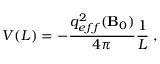
V ( L ) = - \frac { { { q _ { e f f } ^ { 2 } ( { \bf B } _ { 0 } ) } } } { { 4 \pi } } \frac { 1 } { L } \; ,